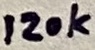
Text: 120k